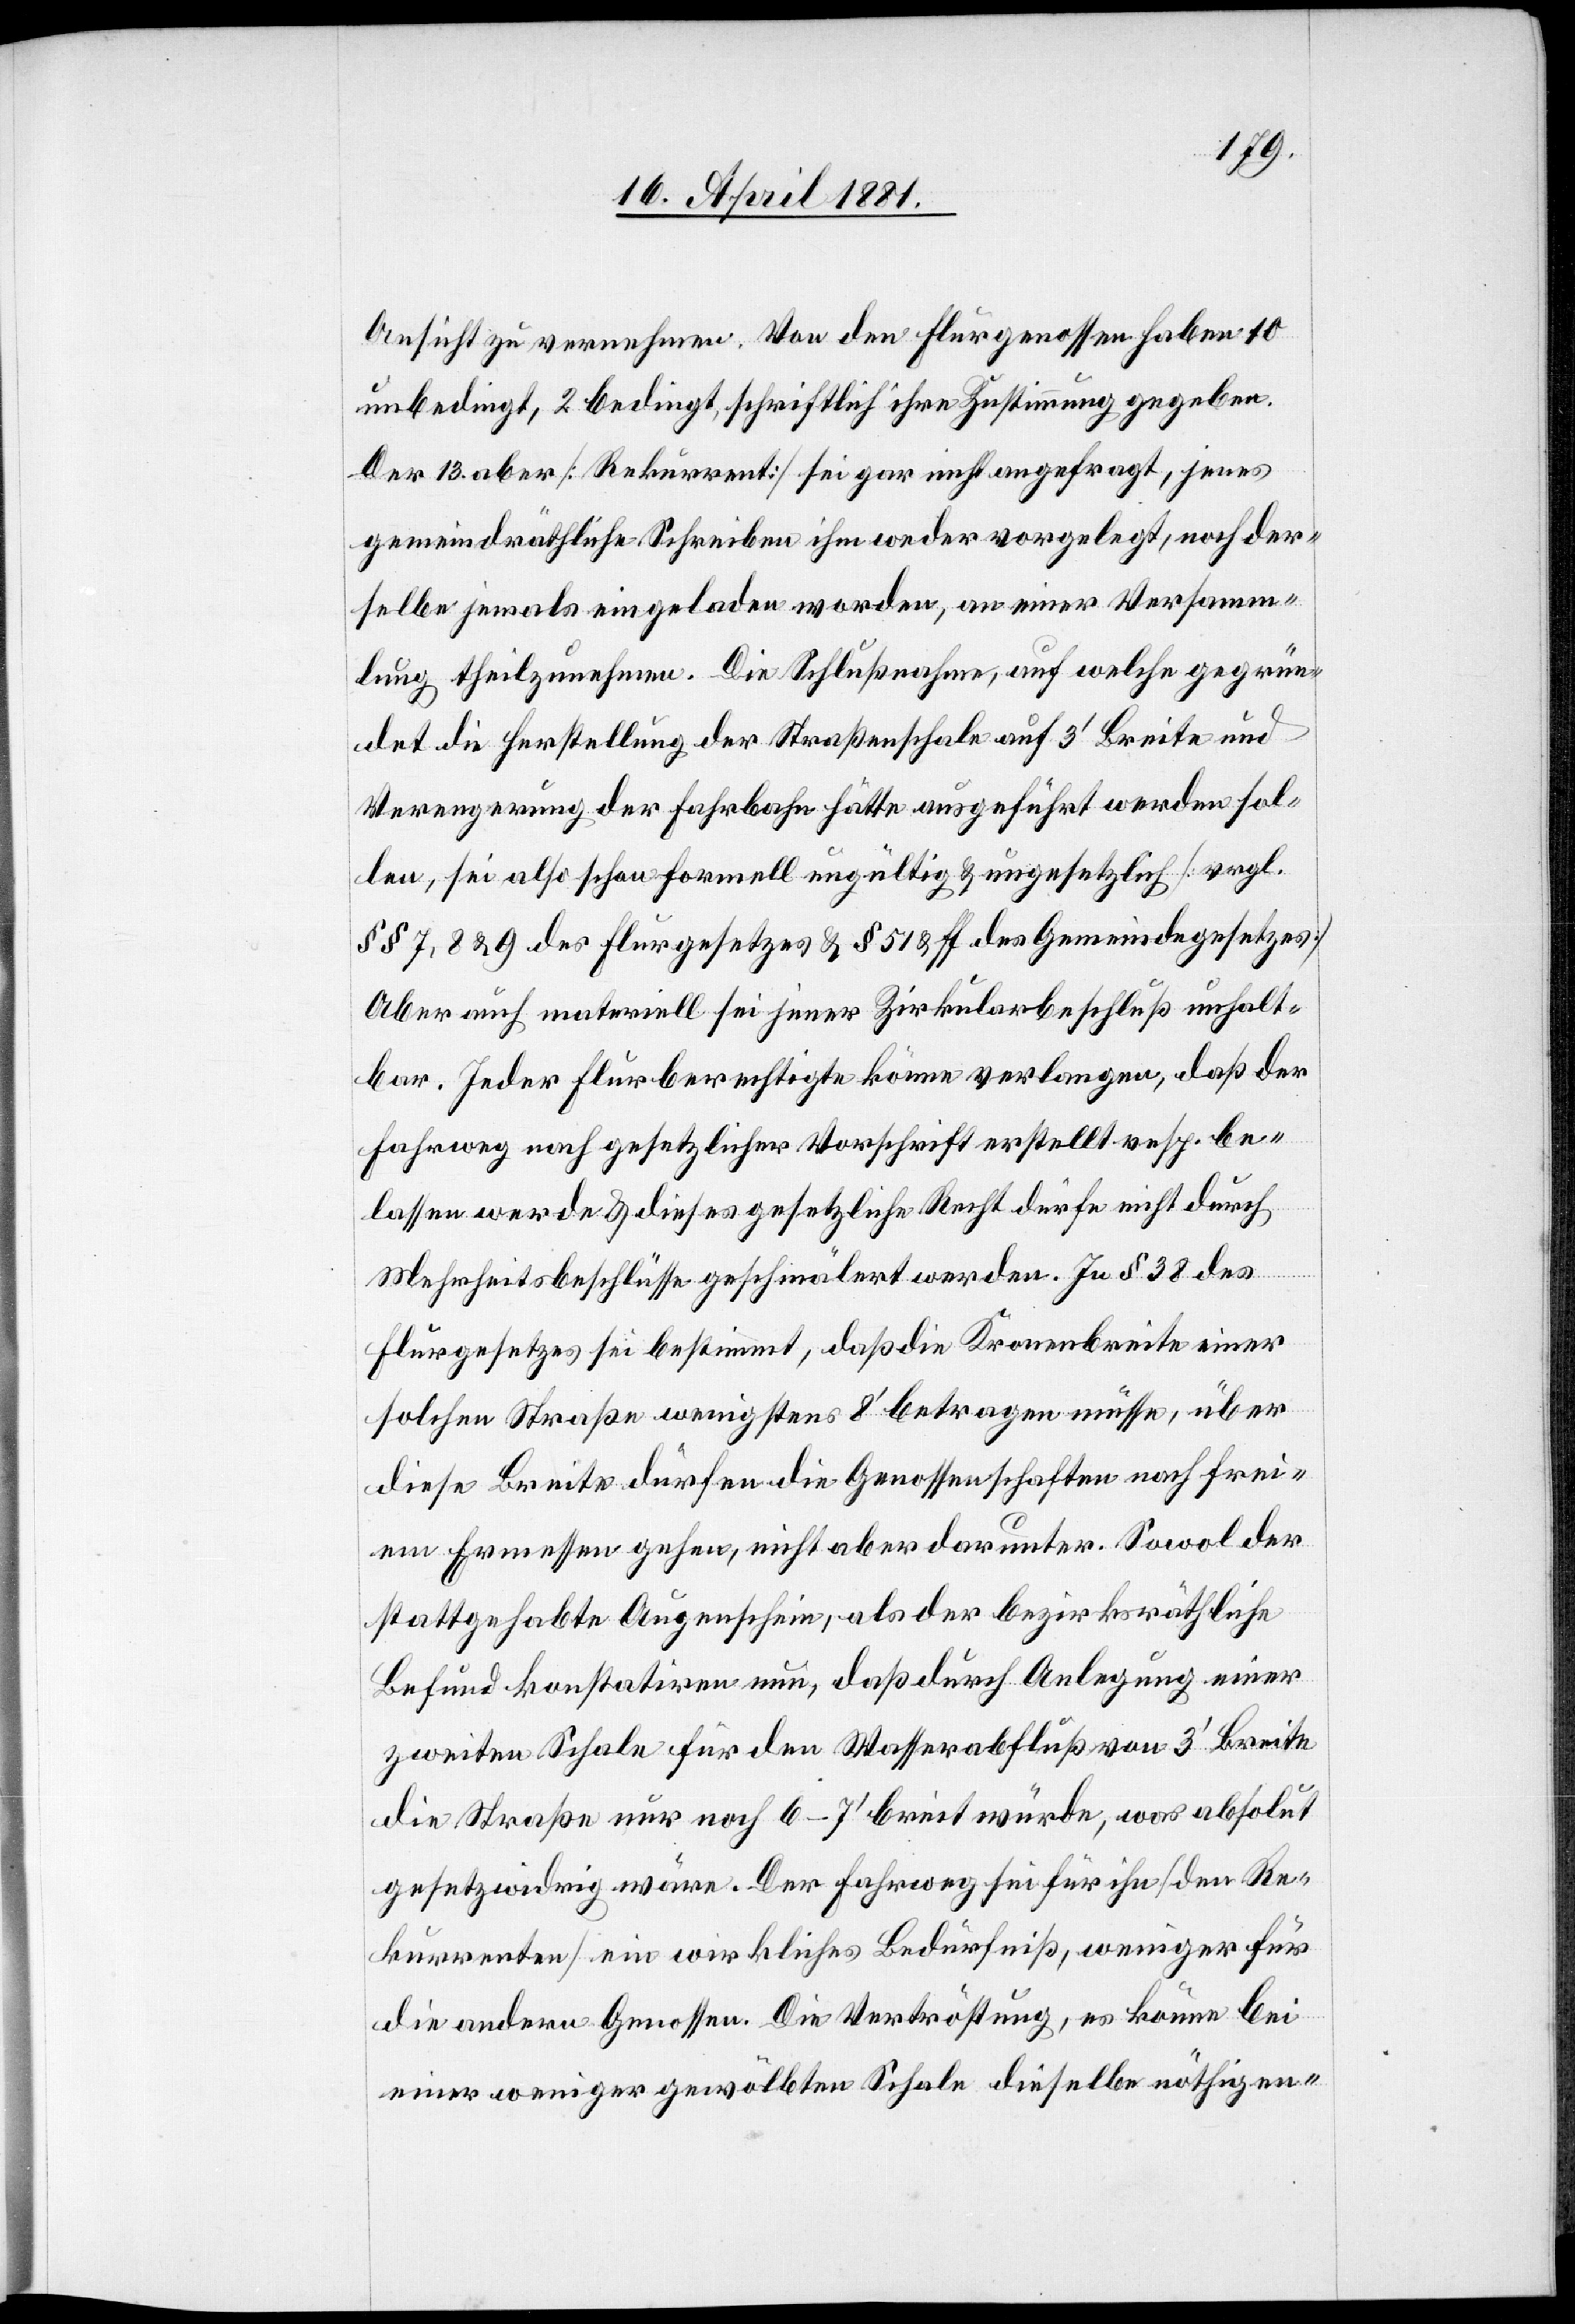
Ansichten zu vernehmen. Von den Flurgenossen haben 10
unbedingt, 2 bedingt, schriftlich ihre Zustimmung gegeben.
Der 13. aber [Rekurrent] sei gar nicht angefragt, jenes
gemeindräthliche Schreiben ihm weder vorgelegt, noch der¬
selbe jemals eingeladen worden, an einer Versamm¬
lung theilzunehmen. Die Schlußnahme, auf welche gegrün¬
det die Herstellung der Straßenschale auf 3‘ Breite und
Verengung der Fahrbahn hätte ausgeführt werden sol¬
len, sei also schon formell ungültig & ungesetzlich [vrgl.
§§ 7, 8 & 9 des Flurgesetzes & § 51 & ff des Gemeindegesetzes].
Aber auch materiell sei jener Zirkularbeschluß unhalt¬
bar. Jeder Flurberechtigte könne verlangen, daß der
Fahrweg nach gesetzlicher Vorschrift erstellt resp. be¬
lassen werde & dieses gesetzliche Recht dürfe nicht durch
Mehrheitsbeschlüsse geschmälert werden. In § 38 des
Flurgesetzes sei bestimmt, daß die Kronenbreite einer
solchen Straße wenigstens 8‘ betragen müsse, über
diese Breite dürfen die Genossenschaften nach frei¬
em Ermessen gehen, nicht aber darunter. Sowol der
stattgehabte Augenschein, als der bezirksräthliche
Befund konstatiren nun, daß durch Anlegung einer
zweiten Schale für den Wasserabfluß von 3‘ Breite
die Straße nur noch 6–7‘ breit würde, was absolut
gesetzwidrig wäre. Der Fahrweg sei für ihn [den Re¬
kurrenten] ein wirkliches Bedürfniß, weniger für
die andern Genossen. Die Vertröstung, es könne bei
einer weniger gewölbten Schale dieselbe nöthigen-